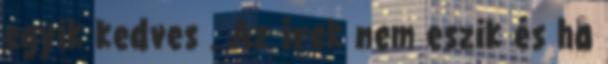
egyik kedves . Az írek nem eszik és ha